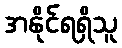
အနိုင်ရရှိသူ